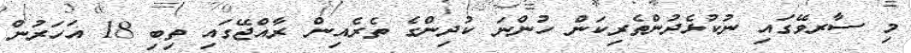
މި ސާރވޭގައި ނުކުޅެދުންތެރިކަން ހުންނަ ކުދިންގެ ތެރެއިން ރާއްޖޭގައި ތިބި 18 އަހަރުން